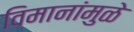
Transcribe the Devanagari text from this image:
विमानांमुळे